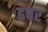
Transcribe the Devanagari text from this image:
हबर